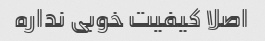
اصلا کیفیت خوبی نداره